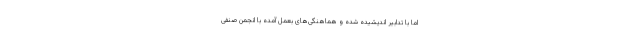
اما با تدابیر اندیشیده شده و هماهنگی‌های بعمل آمده با انجمن صنفی